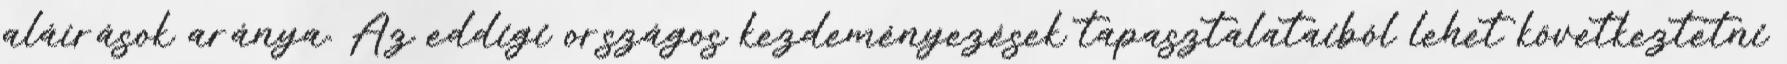
aláírások aránya. Az eddigi országos kezdeményezések tapasztalataiból lehet következtetni